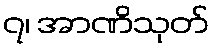
၇၊ အာဏိသုတ်